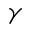
\gamma